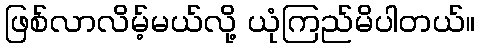
ဖြစ်လာလိမ့်မယ်လို့ ယုံကြည်မိပါတယ်။